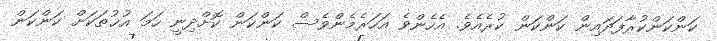
ކަންކަންކުރާފަދައިން ކަންކަން ކުރެއެވެ. އެހެންވެ އަހަރެމެންވެސް ކަންކަން ކޮށްދިނީ ހަމަ އުޚުތަކަށް ކަންކަން